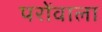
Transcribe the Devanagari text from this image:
परोंवाला